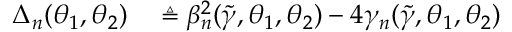
\begin{array} { r l } { \Delta _ { n } ( \theta _ { 1 } , \theta _ { 2 } ) } & { { } \triangleq \beta _ { n } ^ { 2 } ( \widetilde { \gamma } , \theta _ { 1 } , \theta _ { 2 } ) - 4 \gamma _ { n } ( \widetilde { \gamma } , \theta _ { 1 } , \theta _ { 2 } ) } \end{array}